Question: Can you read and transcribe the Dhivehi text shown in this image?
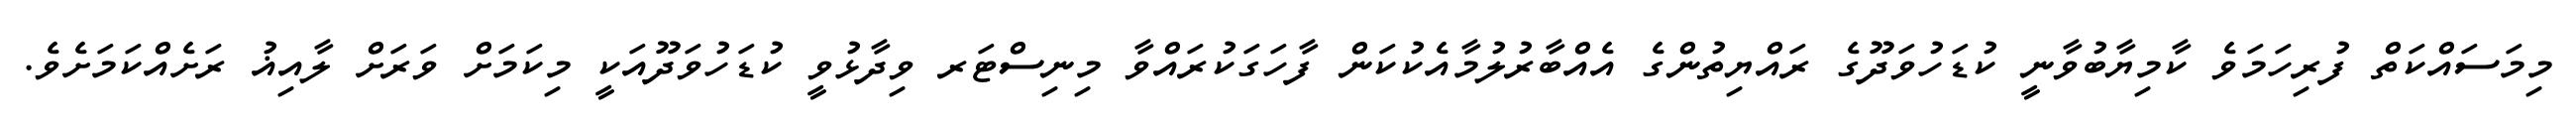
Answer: މިމަސައްކަތް ފުރިހަމަވެ ކާމިޔާބުވާނީ ކުޑަހުވަދޫގެ ރައްޔިތުންގެ އެއްބާރުލުމާއެކުކަން ފާހަގަކުރައްވާ މިނިސްޓަރ ވިދާޅުވީ ކުޑަހުވަދޫއަކީ މިކަމަށް ވަރަށް ލާއިޣު ރަށެއްކަމަށެވެ.